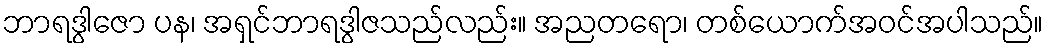
ဘာရဒွါဇော ပန၊ အရှင်ဘာရဒွါဇသည်လည်း။ အညတရော၊ တစ်ယောက်အဝင်အပါသည်။